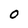
Character: O